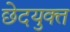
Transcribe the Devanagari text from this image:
छेदयुक्त